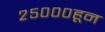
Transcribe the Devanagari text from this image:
२५०००हून